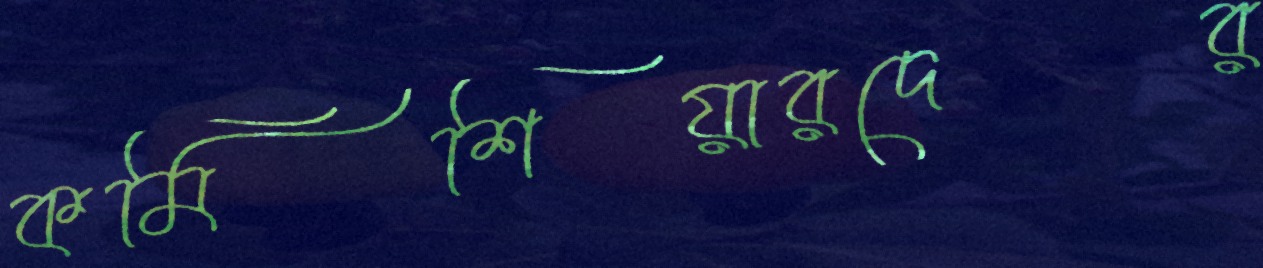
কমিশিয়ারদের